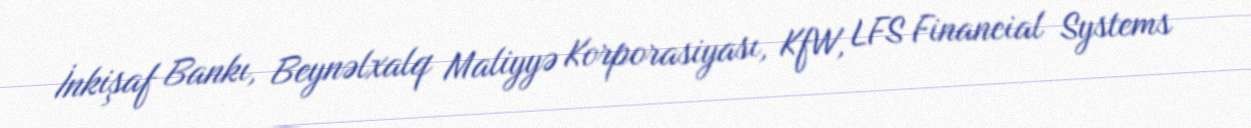
İnkişaf Bankı, Beynəlxalq Maliyyə Korporasiyası, KfW, LFS Financial Systems